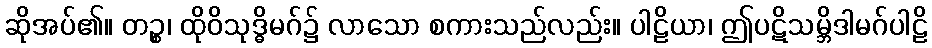
ဆိုအပ်၏။ တဉ္စ၊ ထိုဝိသုဒ္ဓိမဂ်၌ လာသော စကားသည်လည်း။ ပါဠိယာ၊ ဤပဋိသမ္ဘိဒါမဂ်ပါဠိ